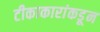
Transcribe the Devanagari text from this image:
टीकाकारांकडून